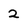
Character: 2